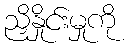
ညှိနှိုင်းမှုကို